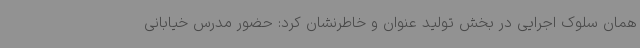
همان سلوک اجرایی در بخش تولید عنوان و خاطرنشان کرد: حضور مدرس خیابانی